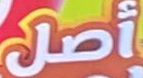
أصل